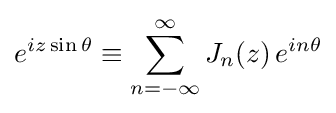
e^{iz\sin \theta }\equiv \sum _{n=-\infty }^{\infty }J_{n}(z)\,e^{in\theta }